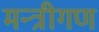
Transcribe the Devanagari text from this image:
मन्त्रीगण